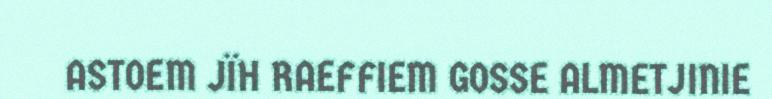
ASTOEM JÏH RAEFFIEM GOSSE ALMETJINIE